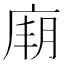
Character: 𢉋